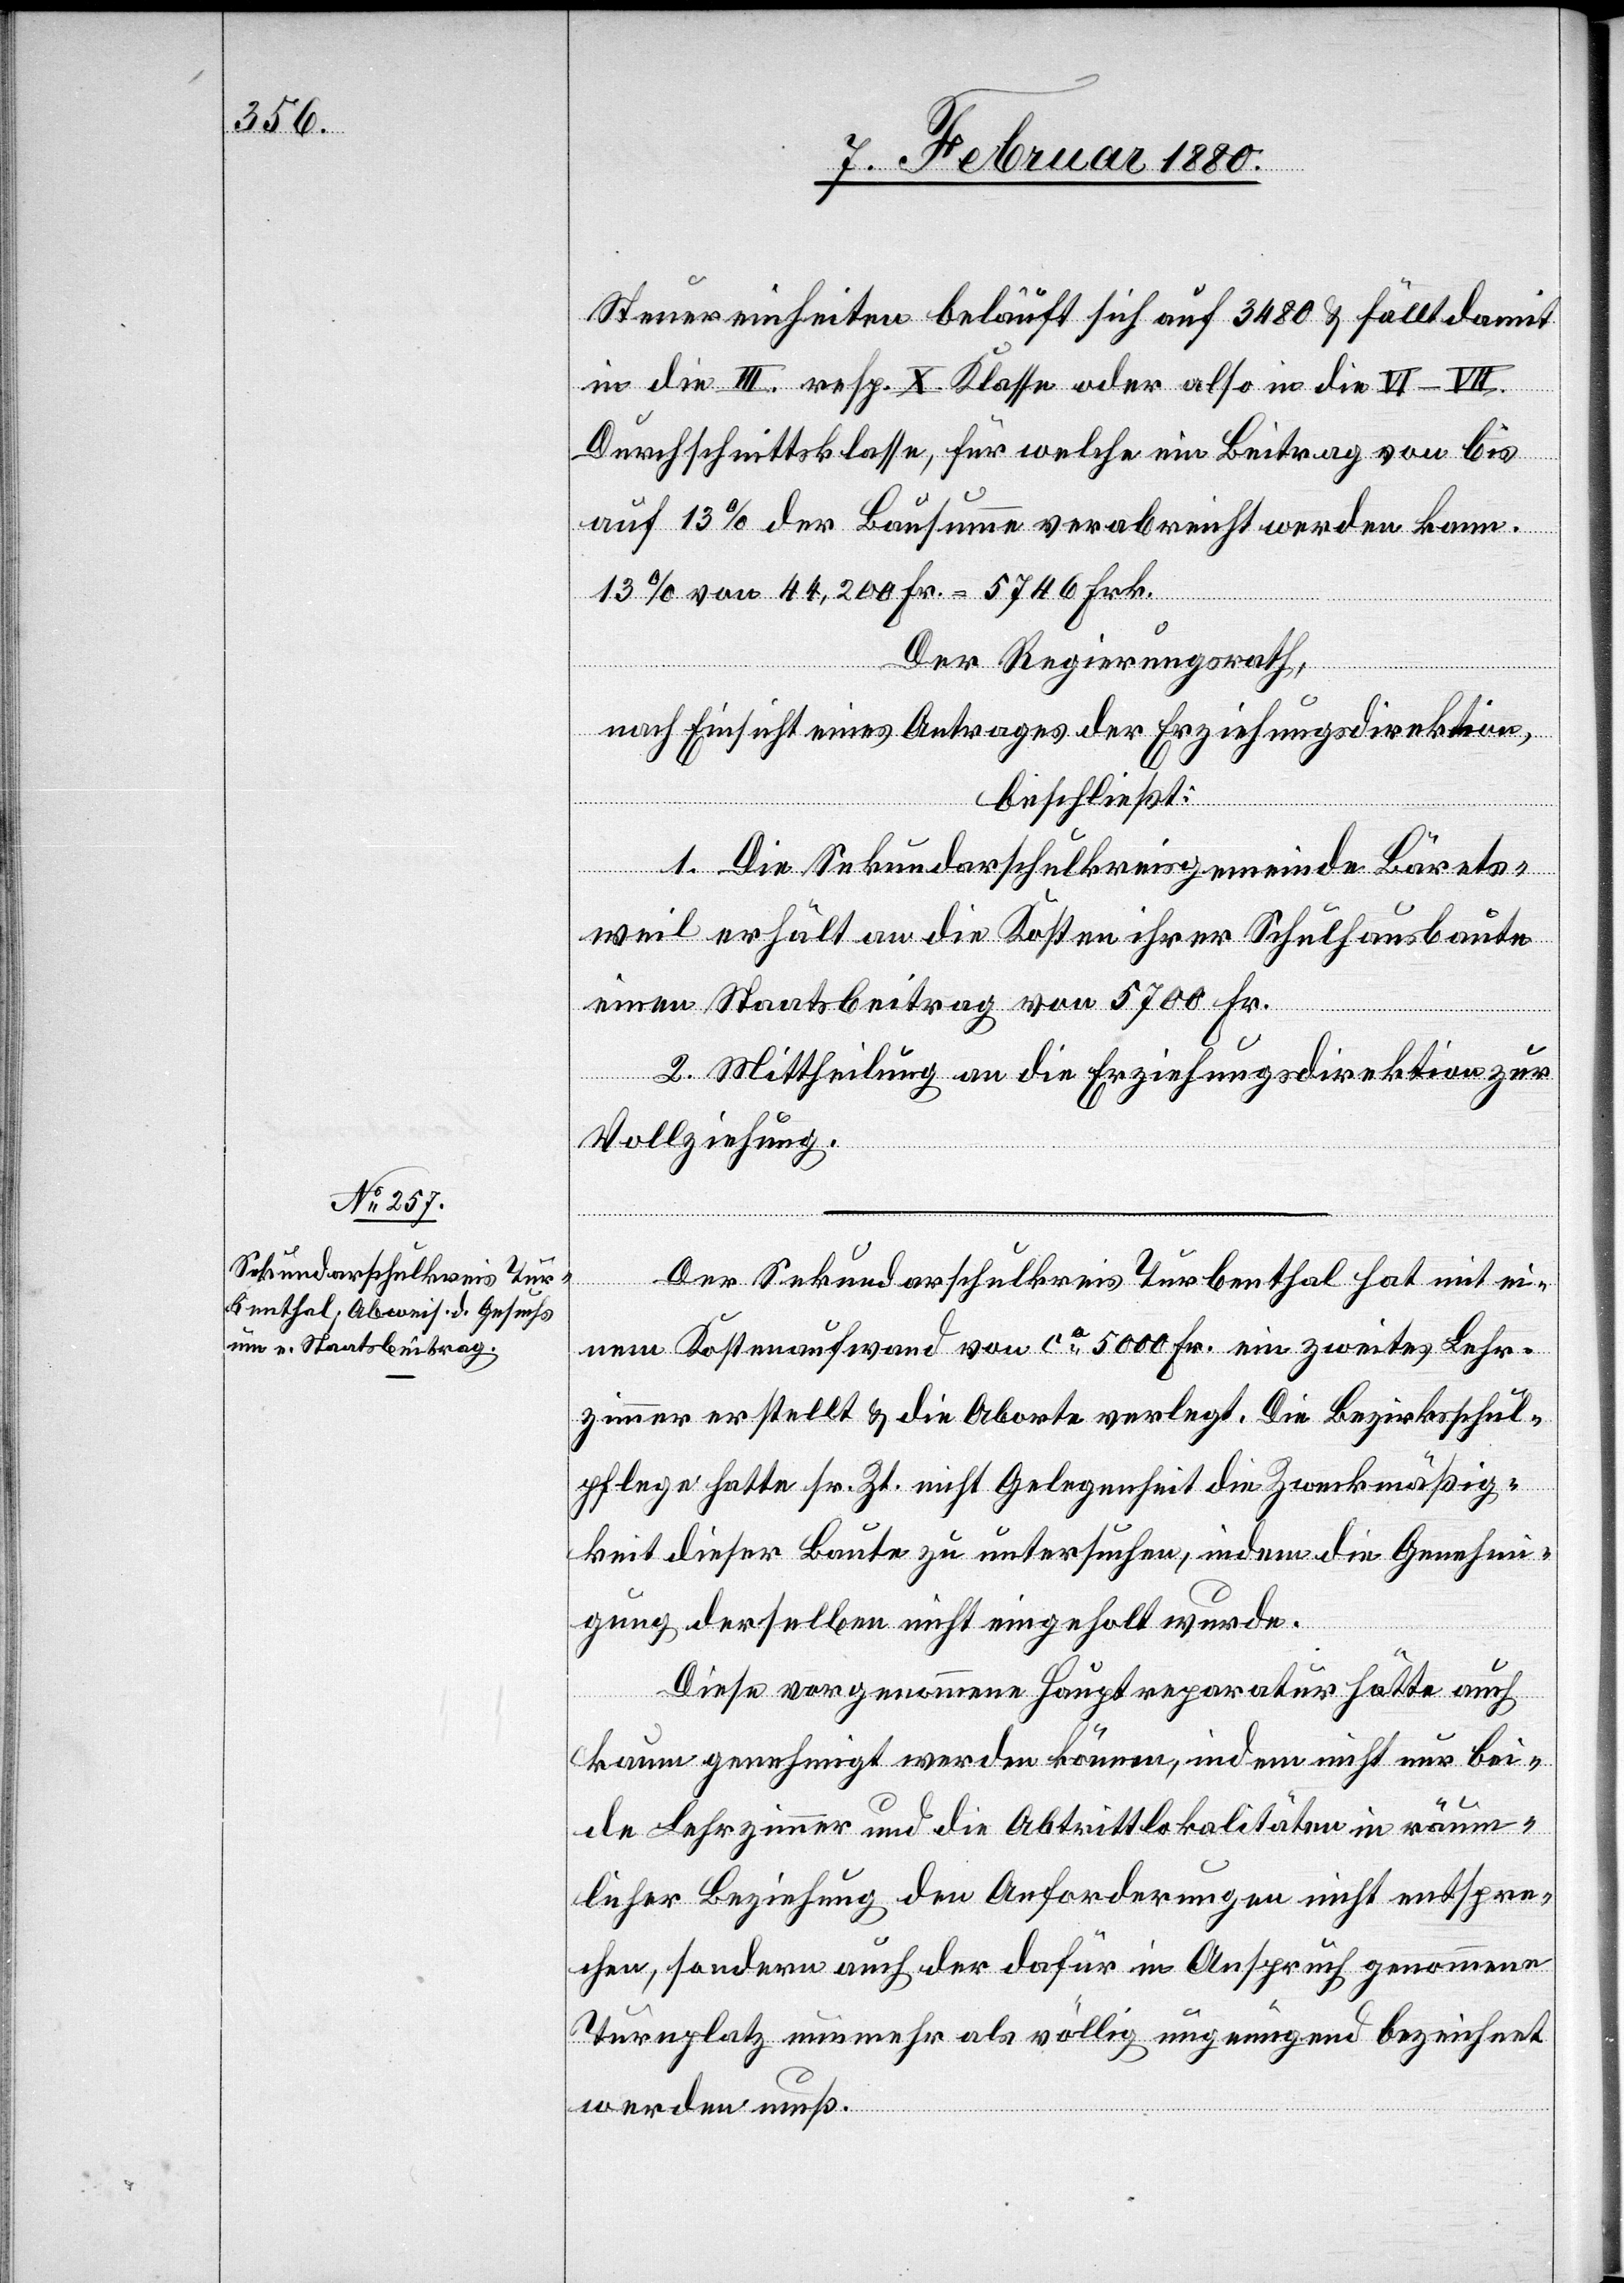
Steuereinheiten beläuft sich auf 3480 & fallt damit
in die III. resp. X. Klasse oder also in die VI–VII
Durchschnittsklasse, für welche ein Beitrag von bis
auf 13% der Bausumme verabreicht werden kann.
13% von 44 200 Fr. = 5746 Frk.
Der Regierungsrath,
nach Einsicht eines Antrages der Erziehungsdirektion,
beschließt:
1. Die Sekundarschulkreisgemeinde Bärets¬
weil erhält an die Kosten ihrer Schulhausbaute
einen Staatsbeitrag von 5700 Fr.
2. Mittheilung an die Erziehungsdirektion zur
Vollziehung.
Der Sekundarschulkreis Turbenthal hat mit ei¬
nem Kostenaufwand von ca 500 Fr. ein zweites Lehr¬
zimmer erstellt & die Aborte verlegt. Die Bezirksschul¬
pflege hatte sr. Zt. nicht Gelegenheit die Zweckmäßig¬
keit dieser Baute zu untersuchen, indem die Genehmi¬
gung derselben nicht eingeholt wurde.
Diese vorgenommene Hauptreparatur hätte auch
kaum genehmigt werden können, indem nicht nur bei¬
de Lehrzimmer und die Abtrittslokalitäten in räum¬
licher Beziehung den Anforderungen nicht entspre¬
chen, sondern auch der dafür in Anspruch genommene
Turnplatz nunmehr als völlig ungenügend bezeichnet
werden muß.